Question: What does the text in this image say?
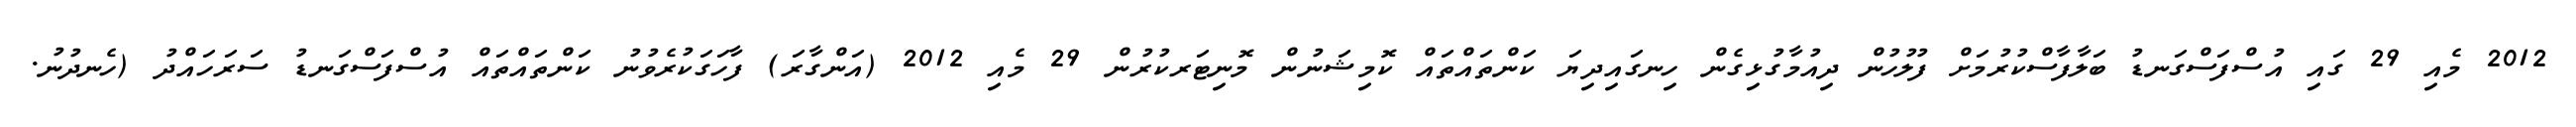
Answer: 2012 މެއި 29 ގައި އުސްފަސްގަނޑު ބަލާފާސްކުރުމަށް ފުލުހުން ދިއުމާގުޅިގެން ހިނގައިދިޔަ ކަންތައްތައް ކޮމިޝަނުން މޮނިޓަރކުރުން 29 މެއި 2012 (އަންގާރަ) ފާހަގަކުރެވުނު ކަންތައްތައް އުސްފަސްގަނޑު ސަރަހައްދު (ހެނދުނު.